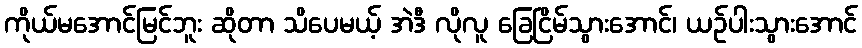
ကိုယ်မအောင်မြင်ဘူး ဆိုတာ သိပေမယ့် အဲဒီ လိုလူ ခြေငြိမ်သွားအောင်၊ ယဉ်ပါးသွားအောင်